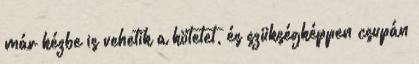
már kézbe is vehetik a kötetet, és szükségképpen csupán